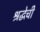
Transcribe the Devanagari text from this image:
श्रद्धेची